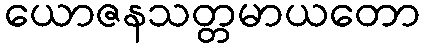
ယောဇနသတ္တမာယတော